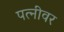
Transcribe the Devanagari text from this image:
पत्‍नीवर